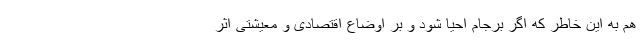
هم به این خاطر که اگر برجام احیا شود و بر اوضاع اقتصادی و معیشتی اثر